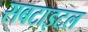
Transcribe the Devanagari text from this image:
सबटाइटल